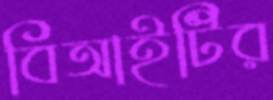
বিআইটির